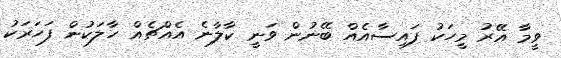
ވީމާ އޭރު މީހަކު ފައިސާއެއް ބޭނުން ވަނީ ކާލާނެ އެއްޗެއް ހާލަކުން ފަހަރަކު